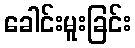
ခေါင်းမူးခြင်း